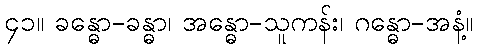
၄၁။ ခန္ဓော-ခန္ဓာ၊ အန္ဓော-သူကန်း၊ ဂန္ဓော-အနံ့။